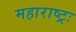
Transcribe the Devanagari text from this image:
महाराष्ट्रः